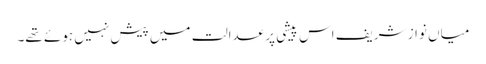
میاں نواز شریف اس پیشی پر عدالت میں پیش نہیں ہوئے تھے۔